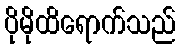
ပိုမိုထိရောက်သည်